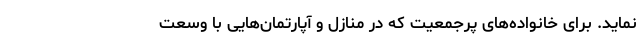
نماید. برای خانواده‌های پرجمعیت که در منازل و آپارتمان‌هایی با وسعت